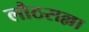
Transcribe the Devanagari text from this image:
लौठसल्ला